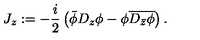
J _ { z } : = - \frac { i } { 2 } \left( \bar { \phi } D _ { z } \phi - \phi \overline { { D _ { \bar { z } } \phi } } \right) .